Rangoon Lunatic Asylum 1893-1897 - 1893-1897
Year: 1893
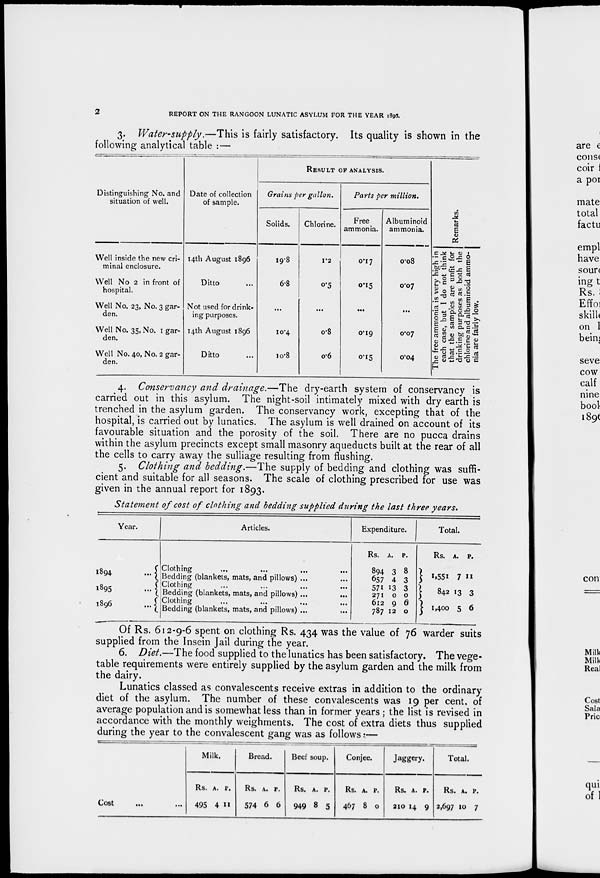
2
REPORT ON THE RANGOON LUNATIC ASYLUM FOR THE YEAR 1896.
3. Water-supply.—This is fairly satisfactory. Its quality is shown in the
following analytical table :—
Distinguishing No. and
situation of well.
Well inside the new cri-
minal enclosure.
Well No 2 in front of
hospital.
Well No. 23, No. 3 gar-
den.
Well No. 35, No. 1 gar-
den.
Well No. 40, No. 2 gar-
den.
Date of collection
of sample.
14th August 1896
Ditto
Not used for drink-
ing purposes.
14th August 1896
Ditto ...
RESULT OF ANALYSIS.
Grains per gallon.
Solids.
19.8
6.8
...
10.4
10.8
Chlorine.
1.2
0.5
...
0.8
0.6
Parts per million.
Free
ammonia.
0.17
0.15
...
0.19
0.15
Albuminoid
ammonia.
0.08
0.07
...
0.07
0.04
Remarks.
The free ammonia is very high in
each case, but I do not think
that the samples are unfit for
drinking purposes as both the
chlorine and albuminoid ammo-
nia are fairly low.
4. Conservancy and drainage.—The dry-earth system of conservancy is
carried out in this asylum. The night-soil intimately mixed with dry earth is
trenched in the asylum garden. The conservancy work, excepting that of the
hospital, is carried out by lunatics. The asylum is well drained on account of its
favourable situation and the porosity of the soil. There are no pucca drains
within the asylum precincts except small masonry aqueducts built at the rear of all
the cells to carry away the sulliage resulting from flushing.
5. Clothing and bedding.—The supply of bedding and clothing was suffi-
cient and suitable for all seasons. The scale of clothing prescribed for use was
given in the annual report for 1893.
Statement of cost of clothing and bedding supplied during the last three years.
Year.
1894
...
1895
...
1896
...
Articles.
Clothing
...
...
...
...
Bedding (blankets, mats, and pillows) ...
Clothing
Bedding (blankets, mats, and pillows) ...
...
Clothing
Bedding (blankets, mats, and pillows) ...
...
Expenditure.
Rs.
894
657
571
271
612
787
A.
3
4
13
0
9
12
P.
8
3
3
0
0
0
Total.
Rs.
1,551
842
1,400
A.
7
13
5
P.
11
3
6
Of Rs. 612-9-6 spent on clothing Rs. 434 was the value of 76 warder suits
supplied from the Insein Jail during the year.
6. Diet.—The food supplied to the lunatics has been satisfactory. The vege-
table requirements were entirely supplied by the asylum garden and the milk from
the dairy.
Lunatics classed as convalescents receive extras in addition to the ordinary
diet of the asylum. The number of these convalescents was 19 per cent. of
average population and is somewhat less than in former years ; the list is revised in
accordance with the monthly weighments. The cost of extra diets thus supplied
during the year to the convalescent gang was as follows:—
Cost ... ...
Milk.
Rs.
495
A.
4
P.
11
Bread.
Rs.
574
A.
6
P.
6
Beef soup.
Rs.
949
A.
8
P.
5
Conjee.
Rs.
467
A.
8
P.
0
Jaggery.
Rs.
210
A.
14
P.
9
Total.
Rs.
2,697
A.
10
P.
7